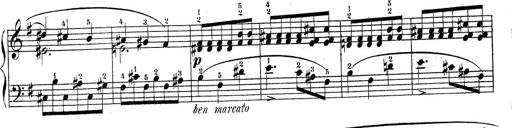
Title: Piano Sonatine No.2
Composer: Peter Piel
Key: G major